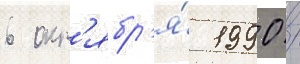
6 окт'ябр'я́ 1990 /